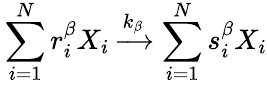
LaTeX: {}\sum_{i=1}^{N}r_{i}^{\beta}X_{i}\xrightarrow{k_{\beta}}\sum_{i=1}^{N}s_{i}^{\beta}X_{i}